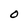
Character: O